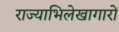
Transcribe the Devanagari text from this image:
राज्याभिलेखागारों